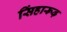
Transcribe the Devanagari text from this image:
सिंहारूढ़